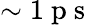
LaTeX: \sim 1\mathrm{~p~s~}